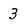
Character: 3